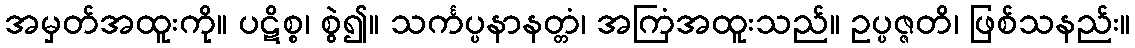
အမှတ်အထူးကို။ ပဋိစ္စ၊ စွဲ၍။ သင်္ကပ္ပနာနတ္တံ၊ အကြံအထူးသည်။ ဥပ္ပဇ္ဇတိ၊ ဖြစ်သနည်း။